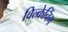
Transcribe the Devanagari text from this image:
विल्केनिंग